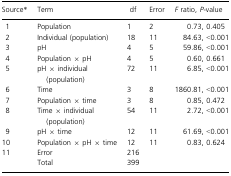
<table><thead><tr><td><b>Source*</b></td><td><b>Term</b></td><td><b>df</b></td><td><b>Error</b></td><td><b><i>F</i> ratio, <i>P</i>-value</b></td></tr></thead><tbody><tr><td>1</td><td>Population</td><td>1</td><td>2</td><td>0.73, 0.405</td></tr><tr><td>2</td><td>Individual (population)</td><td>18</td><td>11</td><td>84.63, &lt;0.001</td></tr><tr><td>3</td><td>pH</td><td>4</td><td>5</td><td>59.86, &lt;0.001</td></tr><tr><td>4</td><td>Population × pH</td><td>4</td><td>5</td><td>0.60, 0.661</td></tr><tr><td>5</td><td>pH × individual (population)</td><td>72</td><td>11</td><td>6.85, &lt;0.001</td></tr><tr><td>6</td><td>Time</td><td>3</td><td>8</td><td>1860.81, &lt;0.001</td></tr><tr><td>7</td><td>Population × time</td><td>3</td><td>8</td><td>0.85, 0.472</td></tr><tr><td>8</td><td>Time × individual (population)</td><td>54</td><td>11</td><td>2.72, &lt;0.001</td></tr><tr><td>9</td><td>pH × time</td><td>12</td><td>11</td><td>61.69, &lt;0.001</td></tr><tr><td>10</td><td>Population × pH × time</td><td>12</td><td>11</td><td>0.83, 0.624</td></tr><tr><td>11</td><td>Error</td><td>216</td><td></td><td></td></tr><tr><td></td><td>Total</td><td>399</td><td></td><td></td></tr></tbody></table>